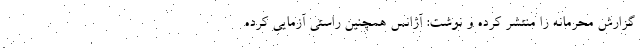
گزارش محرمانه را منتشر کرده و نوشت: آژانس همچنین راستی آزمایی کرده